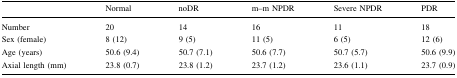
<table><thead><tr><td></td><td><b>Normal</b></td><td><b>noDR</b></td><td><b>m–m NPDR</b></td><td><b>Severe NPDR</b></td><td><b>PDR</b></td></tr></thead><tbody><tr><td>Number</td><td>20</td><td>14</td><td>16</td><td>11</td><td>18</td></tr><tr><td>Sex (female)</td><td>8 (12)</td><td>9 (5)</td><td>11 (5)</td><td>6 (5)</td><td>12 (6)</td></tr><tr><td>Age (years)</td><td>50.6 (9.4)</td><td>50.7 (7.1)</td><td>50.6 (7.7)</td><td>50.7 (5.7)</td><td>50.6 (9.9)</td></tr><tr><td>Axial length (mm)</td><td>23.8 (0.7)</td><td>23.8 (1.2)</td><td>23.7 (1.2)</td><td>23.6 (1.1)</td><td>23.7 (0.9)</td></tr></tbody></table>